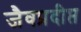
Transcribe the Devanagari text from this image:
जैवप्रदीप्त